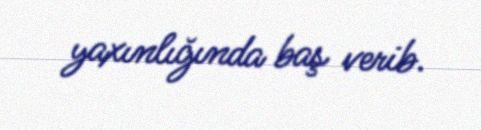
yaxınlığında baş verib.